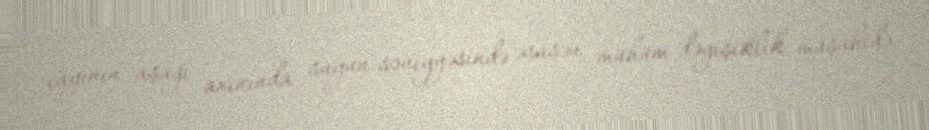
çayının aşağı axınında suyun səviyyəsində əsasən mühüm dəyişiklik müşahidə